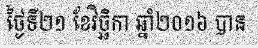
ថ្ងៃទី២១ ខែវិច្ឆិកា ឆ្នាំ២០១៦ បាន